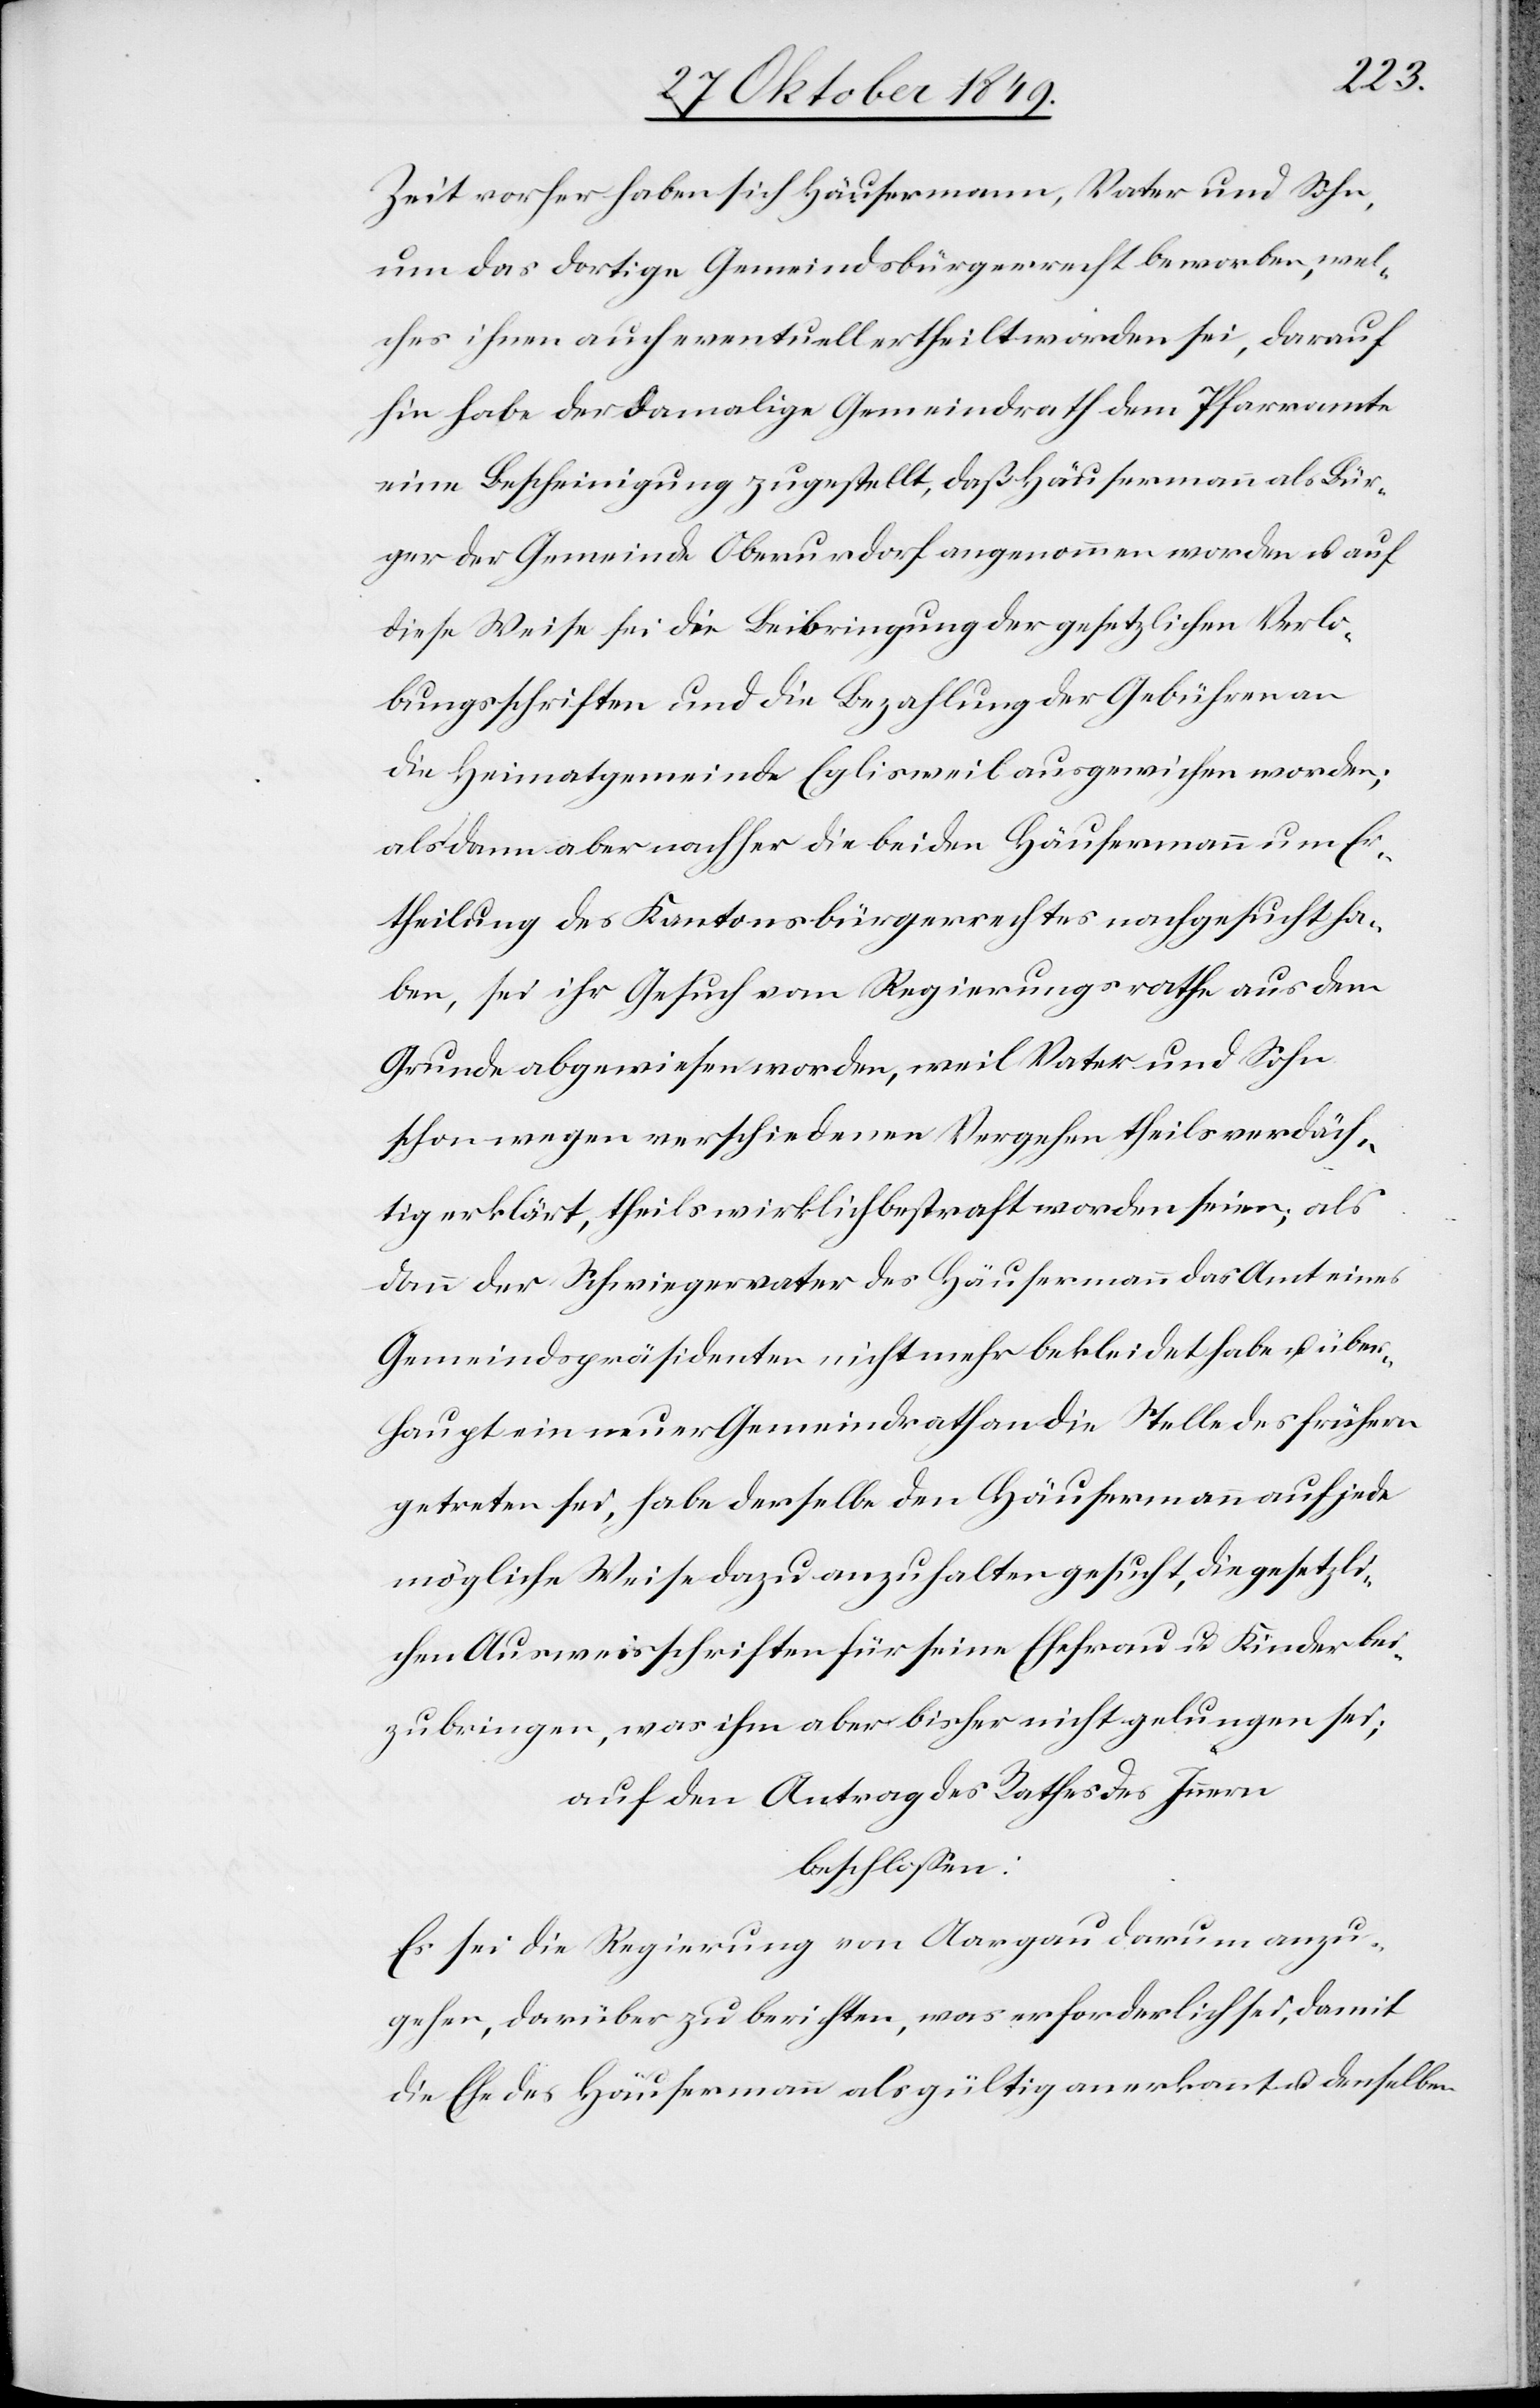
Zeit vorher haben sich Häusermann, Vater und Sohn,
um das dortige Gemeindsbürgerrecht beworben, wel¬
ches ihnen auch eventuell ertheilt worden sei, darauf
hin habe der damalige Gemeindrath dem Pfarramte
eine Bescheinigung zugestellt, daß Häusermann als Bür¬
ger der Gemeinde Oberurdorf angenommen worden u. auf
diese Weise sei die Beibringung der gesetzlichen Verlo¬
sungsschriften und die Bezahlung der Gebühren an
die Heimatgemeinde Eglisweil ausgewiesen worden;
als dann aber nachher die beiden Häusermann um Er¬
theilung des Kantonsbürgerrechtes nachgesucht ha¬
ben, sei ihr Gesuch vom Regierungsrathe aus dem
Grunde abgewiesen worden, weil Vater und Sohn
schon wegen verschiedenen Vorgehen theils verdäch¬
tig erklärt, theils wirklich bestraft worden seien, als
dann der Schwiegervater des Häusermann das Amt eines
Gemeindspräsidenten nicht mehr bekleidet habe u. über¬
haupt ein neuer Gemeindrath an die Stelle des frühern
getreten sei, habe derselbe den Häusermann auf jede
mögliche Weise dazu anzuhalten gesucht, die gesetzli¬
chen Ausweisschriften für seine Ehefrau u. Kinder bei¬
zubringen, was ihm aber bisher nicht gelungen sei;
auf den Antrag des Rathe des Innern
beschloßen:
Es sei die Regierung von Aargau darum anzu¬
gehen, darüber zu berichten, was erforderlich sei, damit
die Ehe des Häusermann als gültig anerkannt u. denselben